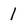
Character: l